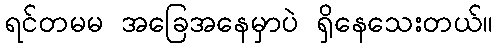
ရင်တမမ အခြေအနေမှာပဲ ရှိနေသေးတယ်။